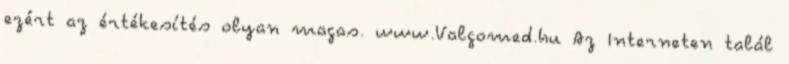
ezért az értékesítés olyan magas. www.Valgomed.hu Az Interneten talál